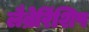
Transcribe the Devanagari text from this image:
लैब्रेरिंशिप